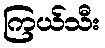
ကြယ်သီး